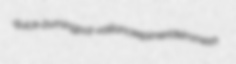
quick-burning pot-valliance epimeride immesh